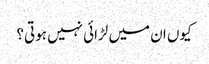
کیوں ان میں لڑائی نہیں ہوتی؟